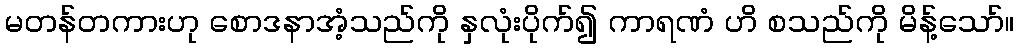
မတန်တကားဟု စောဒနာအံ့သည်ကို နှလုံးပိုက်၍ ကာရဏံ ဟိ စသည်ကို မိန့်သော်။